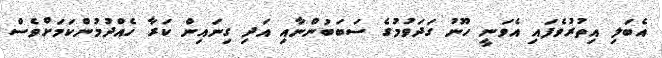
އެބަލި އިތުރުވެފައި އެވަނީ ހޫނު ގަދަވުމުގެ ސަބަބުންނާއި އަދި ގިނައިން ކަރާ ހެއްދުމުންކަމަށްވެސް